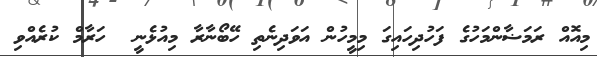
މިއޮއް ރަމަޟާންމަހުގެ ފަހުދިހައިގަ މިމީހުން އަވަދިނެތި ހޭބޯނާރާ މިއުޅެނީ  ހަރާމް ކުރެއްވި